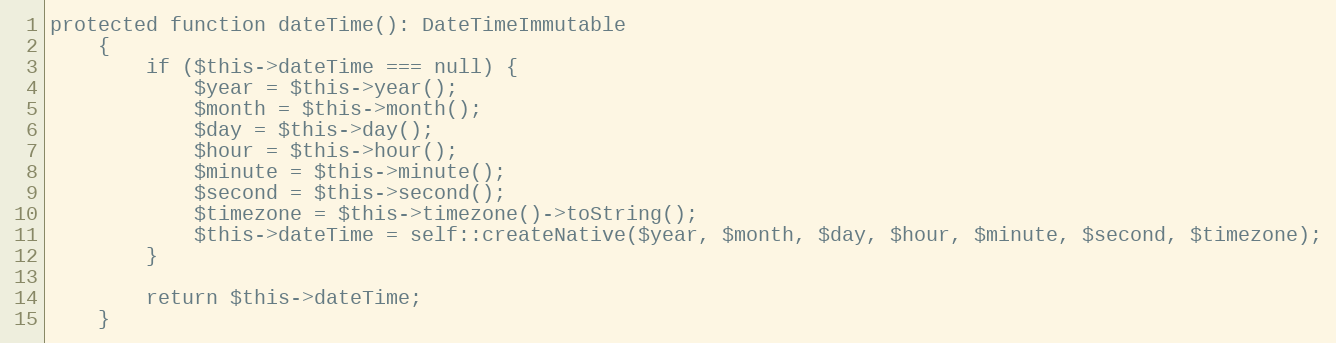
Language: PHP
protected function dateTime(): DateTimeImmutable
    {
        if ($this->dateTime === null) {
            $year = $this->year();
            $month = $this->month();
            $day = $this->day();
            $hour = $this->hour();
            $minute = $this->minute();
            $second = $this->second();
            $timezone = $this->timezone()->toString();
            $this->dateTime = self::createNative($year, $month, $day, $hour, $minute, $second, $timezone);
        }

        return $this->dateTime;
    }